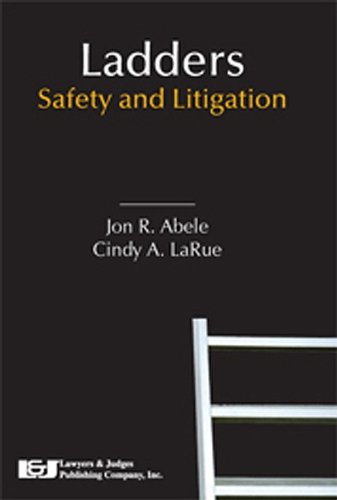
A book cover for Ladders: Safety and Litigation; Jon R. Abele; Law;